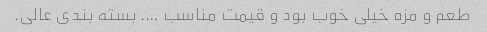
طعم و مزه خیلی خوب بود و قیمت مناسب …. بسته بندی عالی.